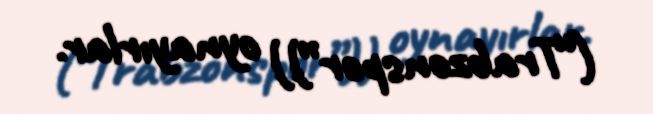
(“Trabzonspor”)) oynayırlar.